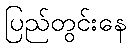
ပြည်တွင်းနေ